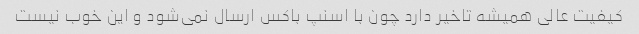
کیفیت عالی همیشه تاخیر دارد چون با اسنپ باکس ارسال نمی‌شود و این خوب نیست